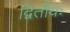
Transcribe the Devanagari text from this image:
द्वितीयः